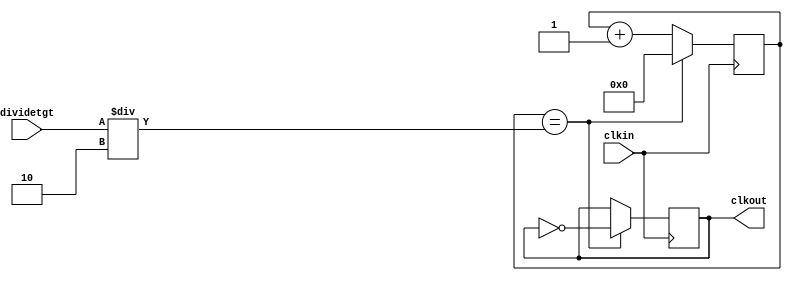
`timescale 1ns / 1ps
//////////////////////////////////////////////////////////////////////////////////
// Company: 
// Engineer: 
// 
// Design Name: 
// Module Name: Clock_Divider
// Project Name: 
// Target Devices: 
// Tool Versions: 
// Description: 
// 
// Dependencies: 
// 
// Revision:
// Revision 0.01 - File Created
// Additional Comments:
// 
//////////////////////////////////////////////////////////////////////////////////


module divide(input [15:0] dividetgt, input clkin, output reg clkout);
    reg [15:0] count;
    always @(posedge clkin)// or reset)//pretty sure not pos edge
    begin
        //if (reset) count = 16'h0000;
        if (count == dividetgt/2) begin
            clkout = ~clkout;
            count = 16'h0000;
        end
        else count = count + 1;
    end
endmodule